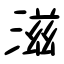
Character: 滋